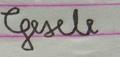
Signature authenticity: forged